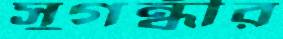
সুগন্ধীর